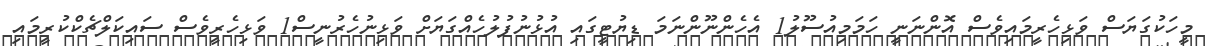
މީހަކުގަޔަސް ވަޅިހެރީމައިވެސް އޮންނަނީ ހަމަމިއުސޫލު1 އެހެންނޫންނަމަ ޑިޔުޓީގައި އުޅުނުފުލުހެއްގަޔަށް ވަޅިނުހެރުނީސް1 ވަޅިހެރީވެސް ސައިކަލްޗެކްކުރީމައި